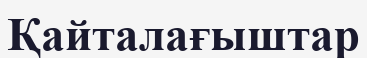
Қайталағыштар